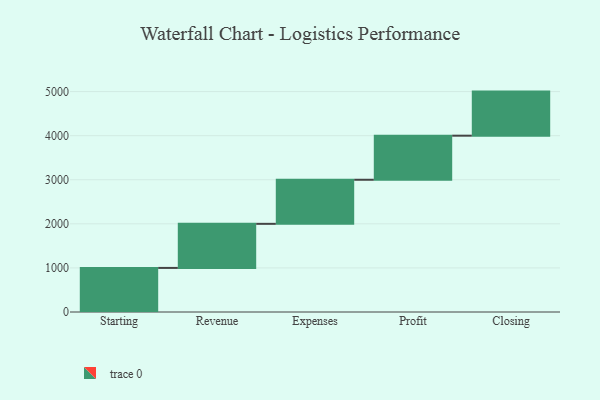
{"axis": {"x": "Step", "y": "Value"}, "legend": [""], "data": [{"x": "Starting", "y": 1000, "type": ""}, {"x": "Revenue", "y": 1000, "type": ""}, {"x": "Expenses", "y": 1000, "type": ""}, {"x": "Profit", "y": 1000, "type": ""}, {"x": "Closing", "y": 1000, "type": ""}]}